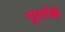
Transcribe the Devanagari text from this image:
भूलोर्के